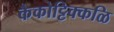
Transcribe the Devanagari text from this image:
कैकोट्टिक्कळि